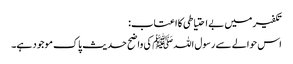
تکفیر میں بے احتیاطی کا اعتاب:
اس حوالے سے رسول اللہﷺ کی واضح حدیث پاک موجود ہے۔